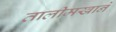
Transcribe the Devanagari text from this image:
तालीमखाने